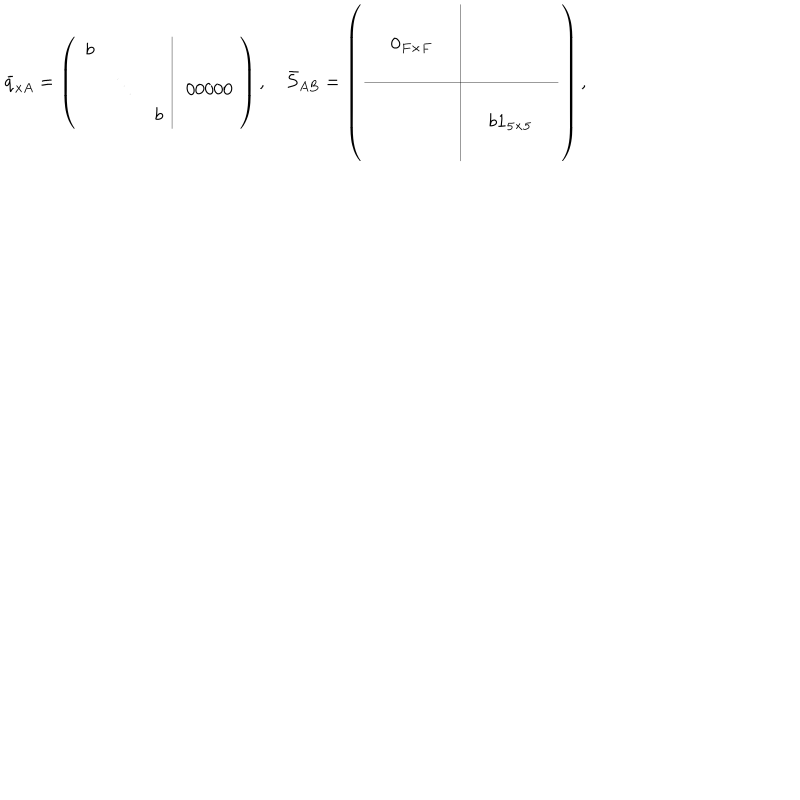
LaTeX: \bar { q } _ { x A } = \left( \begin{array} { c c c | c } { { b } } & { { } } & { { } } & { { } } \\ { { } } & { { \ddots } } & { { } } & { { ~ 0 0 0 0 0 \! } } \\ { { } } & { { } } & { { b } } & { { } } \\ \end{array} \right) , \quad \bar { S } _ { A B } = \left( \begin{array} { c c c | c c c } { { } } & { { } } & { { } } & { { } } & { { } } & { { } } \\ { { } } & { { { \bf { 0 } } _ { F \times F } } } & { { } } & { { } } & { { } } & { { } } \\ { { } } & { { } } & { { } } & { { } } & { { } } & { { } } \\ \hline { { } } & { { } } & { { } } & { { } } & { { } } & { { } } \\ { { } } & { { } } & { { } } & { { } } & { { b { \bf 1 } _ { 5 \times 5 } } } & { { } } \\ { { } } & { { } } & { { } } & { { } } & { { } } & { { } } \\ \end{array} \right) ,